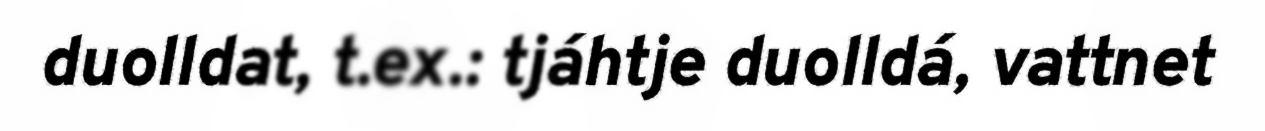
duolldat, t.ex.: tjáhtje duolldá, vattnet